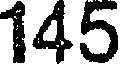
145